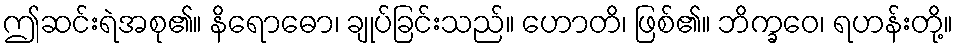
ဤဆင်းရဲအစု၏။ နိရောဓော၊ ချုပ်ခြင်းသည်။ ဟောတိ၊ ဖြစ်၏။ ဘိက္ခဝေ၊ ရဟန်းတို့။